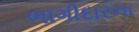
ભાગીદારના